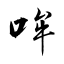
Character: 哞